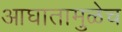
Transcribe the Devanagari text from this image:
आघातामुळेच